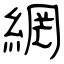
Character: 網